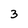
Character: 3